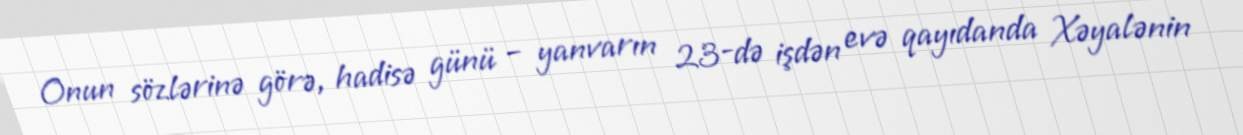
Onun sözlərinə görə, hadisə günü – yanvarın 23-də işdən evə qayıdanda Xəyalənin